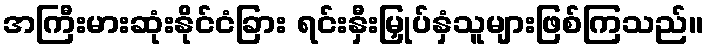
အကြီးမားဆုံးနိုင်ငံခြား ရင်းနှီးမြှုပ်နှံသူများဖြစ်ကြသည်။